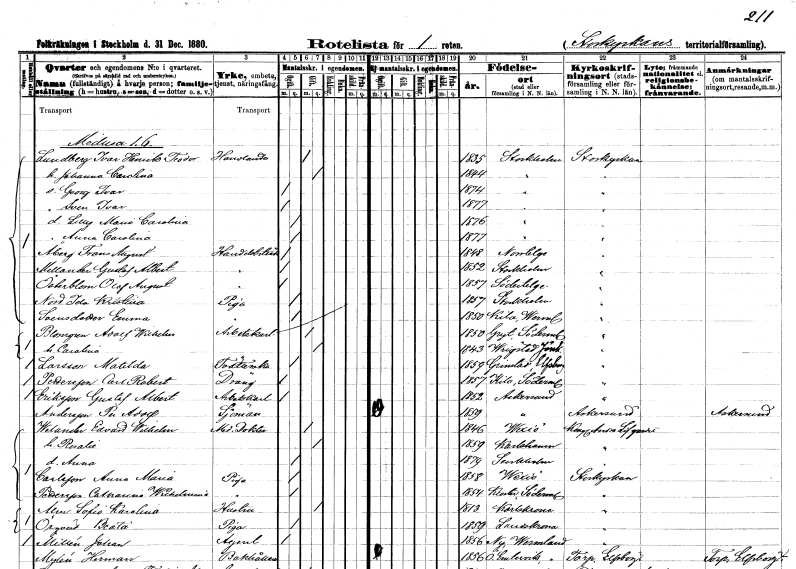
gt_parse: households: individuals: FN: Ivar Henrik Teodor
EN: Lundberg
YRKE: Handlande
KON: M
CIV: G
FODAR: 1835
FODFORS: Stockholm
FN: Johanna Carolina
KON: K
CIV: G
FODAR: 1844
FODFORS: Stockholm
FN: Georg Ivar
KON: M
CIV: O
FODAR: 1874
FODFORS: Stockholm
FN: Sven Ivar
KON: M
CIV: O
FODAR: 1877
FODFORS: Stockholm
FN: Lilly Maria Carolina
KON: K
CIV: O
FODAR: 1876
FODFORS: Stockholm
FN: Anna Carolina
KON: K
CIV: O
FODAR: 1877
FODFORS: Stockholm
FN: Frans August
EN: Åberg
YRKE: Handelsbiträde
KON: M
CIV: O
FODAR: 1848
FODFORS: Norrtälje Stockholms län
FN: Gustaf Albert
EN: Mellander
YRKE: Handelsbiträde
KON: M
CIV: O
FODAR: 1852
FODFORS: Stockholm
FN: Olof August
EN: Österblom
YRKE: Handelsbiträde
KON: M
CIV: O
FODAR: 1857
FODFORS: Södertälje Stockholms län
FN: Ida Kristina
EN: Nord
YRKE: Piga
KON: K
CIV: O
FODAR: 1857
FODFORS: Stockholm
FN: Emma
EN: Svensdotter
YRKE: Piga
KON: K
CIV: O
FODAR: 1850
FODFORS: Kila Värmlands län
FN: Adolf Wilhelm
EN: Blomgren
YRKE: Arbetskarl
KON: M
CIV: G
FODAR: 1850
FODFORS: Gryt Södermanlands län
FN: Carolina
KON: K
CIV: G
FODAR: 1843
FODFORS: Vrigstad Jönköpings län
FN: Matilda
EN: Larsson
YRKE: Tvätterska
KON: K
CIV: O
FODAR: 1859
FODFORS: Grinstad Älvsborgs län
FN: Carl Robert
EN: Pettersson
YRKE: Dräng
KON: M
CIV: O
FODAR: 1857
FODFORS: Kila Södermanlands län
FN: Gustaf Albert
EN: Eriksson
YRKE: Arbetskarl
KON: M
CIV: O
FODAR: 1852
FODFORS: Askersund Örebro län
FN: Per Adolf
EN: Andersson
YRKE: Sjöman
KON: M
CIV: O
FODAR: 1859
FODFORS: Askersund Örebro län
FN: Edvard Wilhelm
EN: Wilander
YRKE: Medicine doktor
KON: M
CIV: G
FODAR: 1846
FODFORS: Växjö Kronobergs län
FN: Rosalie
KON: K
CIV: G
FODAR: 1859
FODFORS: Karlshamn Blekinge län
FN: Anna
KON: K
CIV: O
FODAR: 1879
FODFORS: Stockholm
FN: Anna Maria
EN: Carlsson
YRKE: Piga
KON: K
CIV: O
FODAR: 1858
FODFORS: Växjö Kronobergs län
FN: Catharina Wilhelmina
EN: Pettersson
YRKE: Piga
KON: K
CIV: O
FODAR: 1854
FODFORS: Kloster Södermanlands län